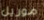
موريل